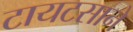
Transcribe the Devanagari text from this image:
टायटसाने